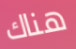
هناك